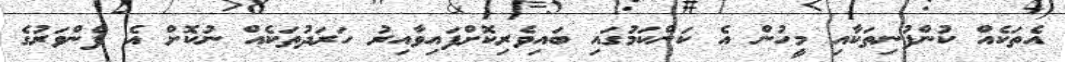
އެތަކެއް ކުންފުނިތަކާއި މީހުން އެ ކަންކަމުގައި ބައިވެރިކޮށްފައިވާއިރު ހަރަދުތަކެއް ނުކޮށް އެ ފެންވަރުގެ